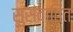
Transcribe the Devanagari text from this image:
सुसंवातित